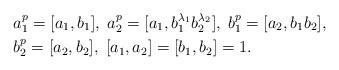
LaTeX: \begin{align*}&a_1^p=[a_1,b_1], \; a_2^p=[a_1,b_1^{\lambda_1}b_2^{\lambda_2}],\;b_1^p=[a_2,b_1b_2],\\& b_2^p=[a_2,b_2], \; [a_1,a_2]=[b_1,b_2]=1.\end{align*}